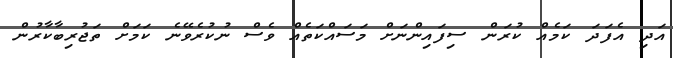
އަދި އެފަދަ ކަމެއް ކުރަން ސިފައިންނަށް މަސައްކަތެއް ވެސް ނުކުރެވޭނެ ކަމަށް ތަޖުރިބާކާރުން